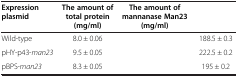
<table><thead><tr><td><b>Expression plasmid</b></td><td><b>The amount of total protein(mg/ml)</b></td><td><b>The amount of mannanase Man23(mg/ml)</b></td><td>[EMPTY_CELL]</td></tr></thead><tbody><tr><td>Wild-type</td><td>8.0 ± 0.06</td><td>[EMPTY_CELL]</td><td>188.5 ± 0.3</td></tr><tr><td>pHY-p43-<i>man23</i></td><td>9.5 ± 0.05</td><td>[EMPTY_CELL]</td><td>222.5 ± 0.2</td></tr><tr><td>pBPS-<i>man23</i></td><td>8.3 ± 0.05</td><td>[EMPTY_CELL]</td><td>195 ± 0.2</td></tr></tbody></table>